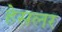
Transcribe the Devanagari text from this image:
हेसलर